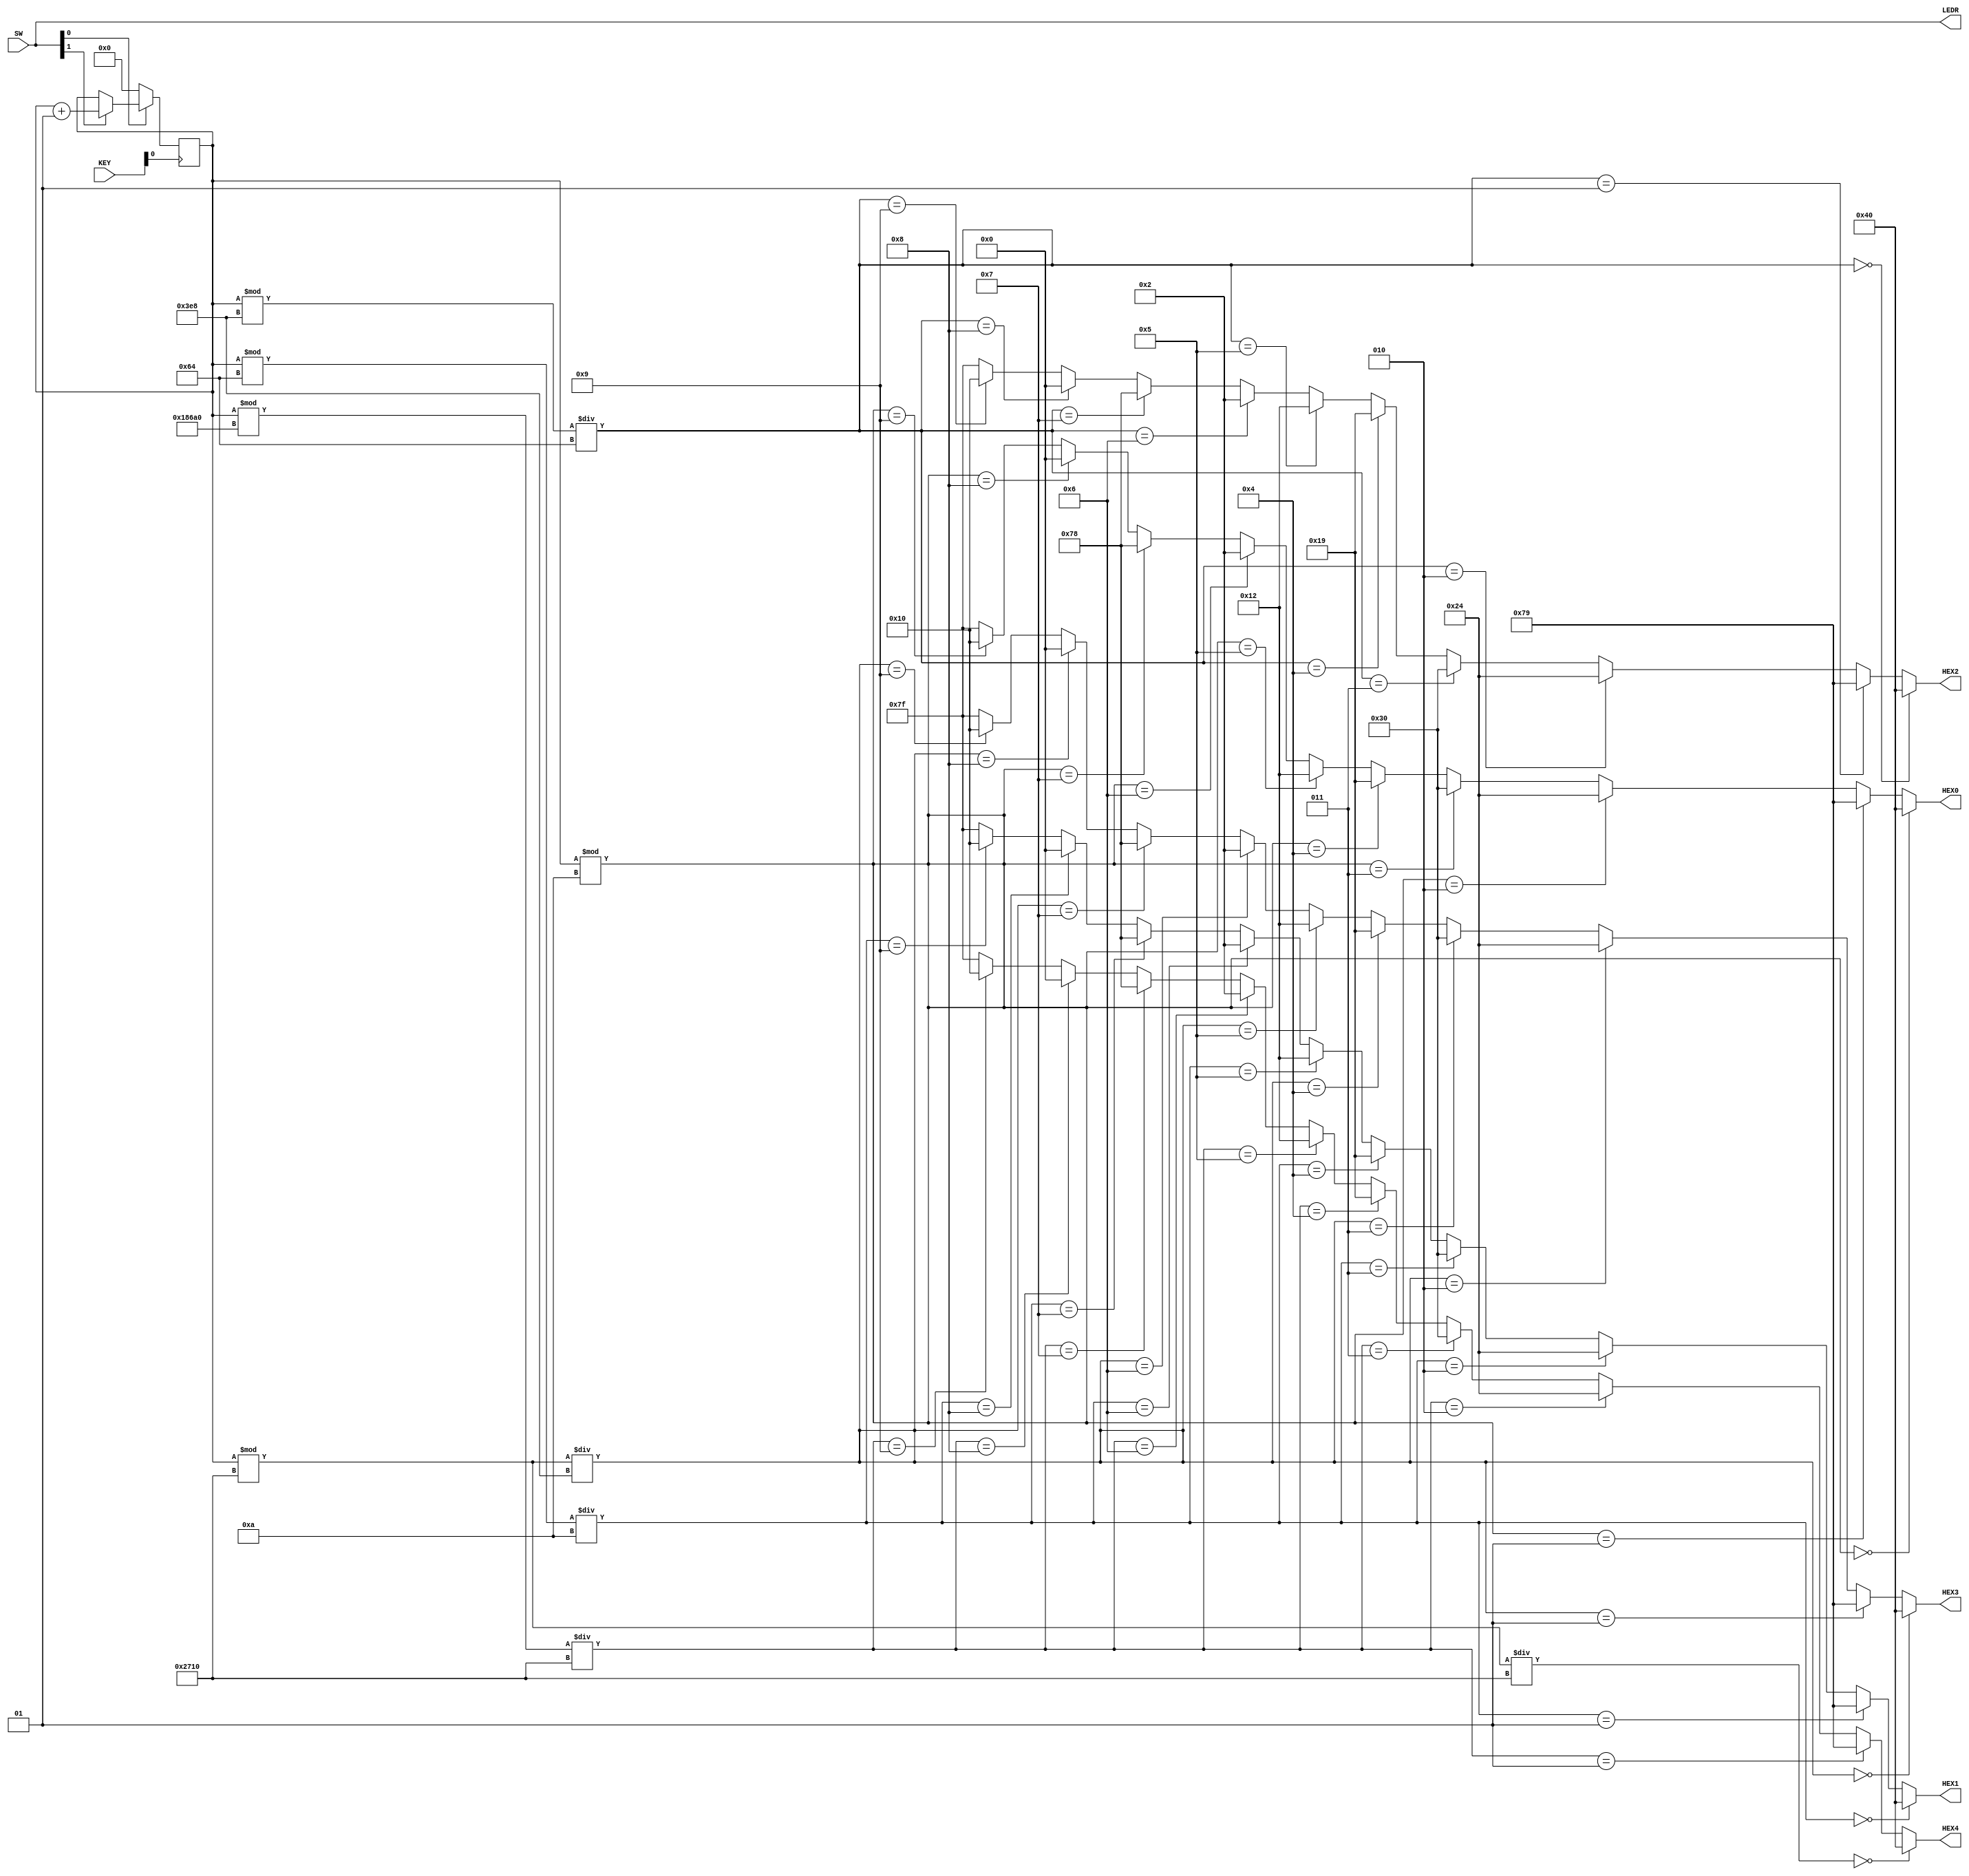
//This program uses a register to implement a 16 bit counter, and display the count onto HEX[4:0]
//KEY[0] is the clock
//SW[0] is Clear. To clear the count, place clear LOW, then press KEY[0]
//SW[1] is Enable when high
//
`define BLANK 7'b1111111
`define ZERO 7'b1000000
`define ONE 7'b1111001
`define TWO 7'b0100100
`define THREE 7'b0110000
`define FOUR 7'b0011001
`define FIVE 7'b0010010
`define SIX 7'b0000010
`define SEVEN 7'b1111000
`define EIGHT 7'b0000000
`define NINE 7'b0010000

module Lab42 (SW, LEDR, HEX0, HEX1, HEX2, HEX3, HEX4, KEY);
input [17:0]SW;
output [17:0]LEDR;
output [6:0]HEX0;
output [6:0]HEX1;
output [6:0]HEX2;
output [6:0]HEX3;
output [6:0]HEX4;
input [3:0]KEY;
integer Count;

assign LEDR = SW;

always @(posedge KEY[0]) begin // increments number Count
	if (SW[1])
		Count = Count + 1;
	if (!SW[0])
		Count = 0;
end

assign HEX0 = (Count % 10 == 0)?`ZERO: // 0
				  (Count % 10 == 1)?`ONE: // 1
				  (Count % 10 == 2)?`TWO: // 2
				  (Count % 10 == 3)?`THREE: // 3
				  (Count % 10 == 4)?`FOUR: // 4
				  (Count % 10 == 5)?`FIVE: // 5
				  (Count % 10 == 6)?`SIX: // 6
				  (Count % 10 == 7)?`SEVEN: // 7
				  (Count % 10 == 8)?`EIGHT: // 8
			     (Count % 10 == 9)?`NINE: // 9
				   `BLANK; // BLANK
					
assign HEX1 = ((Count % 100) / 10 == 0)?`ZERO: // 0
				  ((Count % 100) / 10 == 1)?`ONE: // 1
				  ((Count % 100) / 10 == 2)?`TWO: // 2
				  ((Count % 100) / 10 == 3)?`THREE: // 3
				  ((Count % 100) / 10 == 4)?`FOUR: // 4
				  ((Count % 100) / 10 == 5)?`FIVE: // 5
				  ((Count % 100) / 10 == 6)?`SIX: // 6
				  ((Count % 100) / 10 == 7)?`SEVEN: // 7
				  ((Count % 100) / 10 == 8)?`EIGHT: // 8
			     ((Count % 100) / 10 == 9)?`NINE: // 9
				   `BLANK; // BLANK
					
assign HEX2 = ((Count % 1000) / 100 == 0)?`ZERO: // 0
				  ((Count % 1000) / 100 == 1)?`ONE: // 1
				  ((Count % 1000) / 100 == 2)?`TWO: // 2
				  ((Count % 1000) / 100 == 3)?`THREE: // 3
				  ((Count % 1000) / 100 == 4)?`FOUR: // 4
				  ((Count % 1000) / 100 == 5)?`FIVE: // 5
				  ((Count % 1000) / 100 == 6)?`SIX: // 6
				  ((Count % 1000) / 100 == 7)?`SEVEN: // 7
				  ((Count % 1000) / 100 == 8)?`EIGHT: // 8
			     ((Count % 1000) / 100 == 9)?`NINE: // 9
				   `BLANK; // BLANK
					
assign HEX3 = ((Count % 10000) / 1000 == 0)?`ZERO: // 0
				  ((Count % 10000) / 1000 == 1)?`ONE: // 1
				  ((Count % 10000) / 1000 == 2)?`TWO: // 2
				  ((Count % 10000) / 1000 == 3)?`THREE: // 3
				  ((Count % 10000) / 1000 == 4)?`FOUR: // 4
				  ((Count % 10000) / 1000 == 5)?`FIVE: // 5
				  ((Count % 10000) / 1000 == 6)?`SIX: // 6
				  ((Count % 10000) / 1000 == 7)?`SEVEN: // 7
				  ((Count % 10000) / 1000 == 8)?`EIGHT: // 8
			     ((Count % 10000) / 1000 == 9)?`NINE: // 9
				   `BLANK; // BLANK
					
assign HEX4 = ((Count % 10000) / 10000 == 0)?`ZERO: // 0
				  ((Count % 100000) / 10000 == 1)?`ONE: // 1
				  ((Count % 100000) / 10000 == 2)?`TWO: // 2
				  ((Count % 100000) / 10000 == 3)?`THREE: // 3
				  ((Count % 100000) / 10000 == 4)?`FOUR: // 4
				  ((Count % 100000) / 10000 == 5)?`FIVE: // 5
				  ((Count % 100000) / 10000 == 6)?`SIX: // 6
				  ((Count % 100000) / 10000 == 7)?`SEVEN: // 7
				  ((Count % 100000) / 10000 == 8)?`EIGHT: // 8
			     ((Count % 100000) / 10000 == 9)?`NINE: // 9
				   `BLANK; // BLANK
endmodule